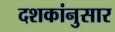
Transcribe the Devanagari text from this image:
दशकांनुसार